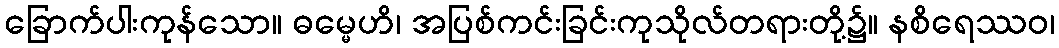
ခြောက်ပါးကုန်သော။ ဓမ္မေဟိ၊ အပြစ်ကင်းခြင်းကုသိုလ်တရားတို့၌။ နစိရေဿဝ၊